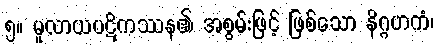
၅။ မူလာယပဋိကဿန၏ အစွမ်းဖြင့် ဖြစ်သော နိဂ္ဂဟကံ၊